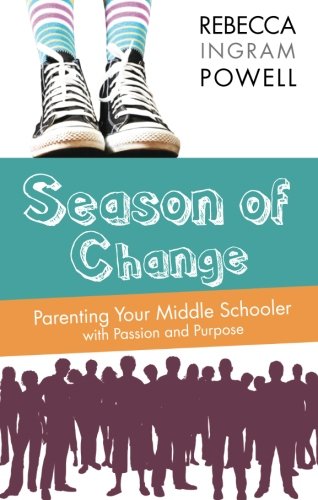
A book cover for Season of Change: Parenting Your Middle Schooler with Passion and Purpose; Rebecca Ingram Powell; Parenting & Relationships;